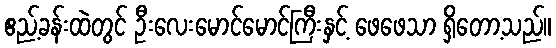
ဧည့်ခန်းထဲတွင် ဦးလေးမောင်မောင်ကြီးနှင့် ဖေဖေသာ ရှိတော့သည်။